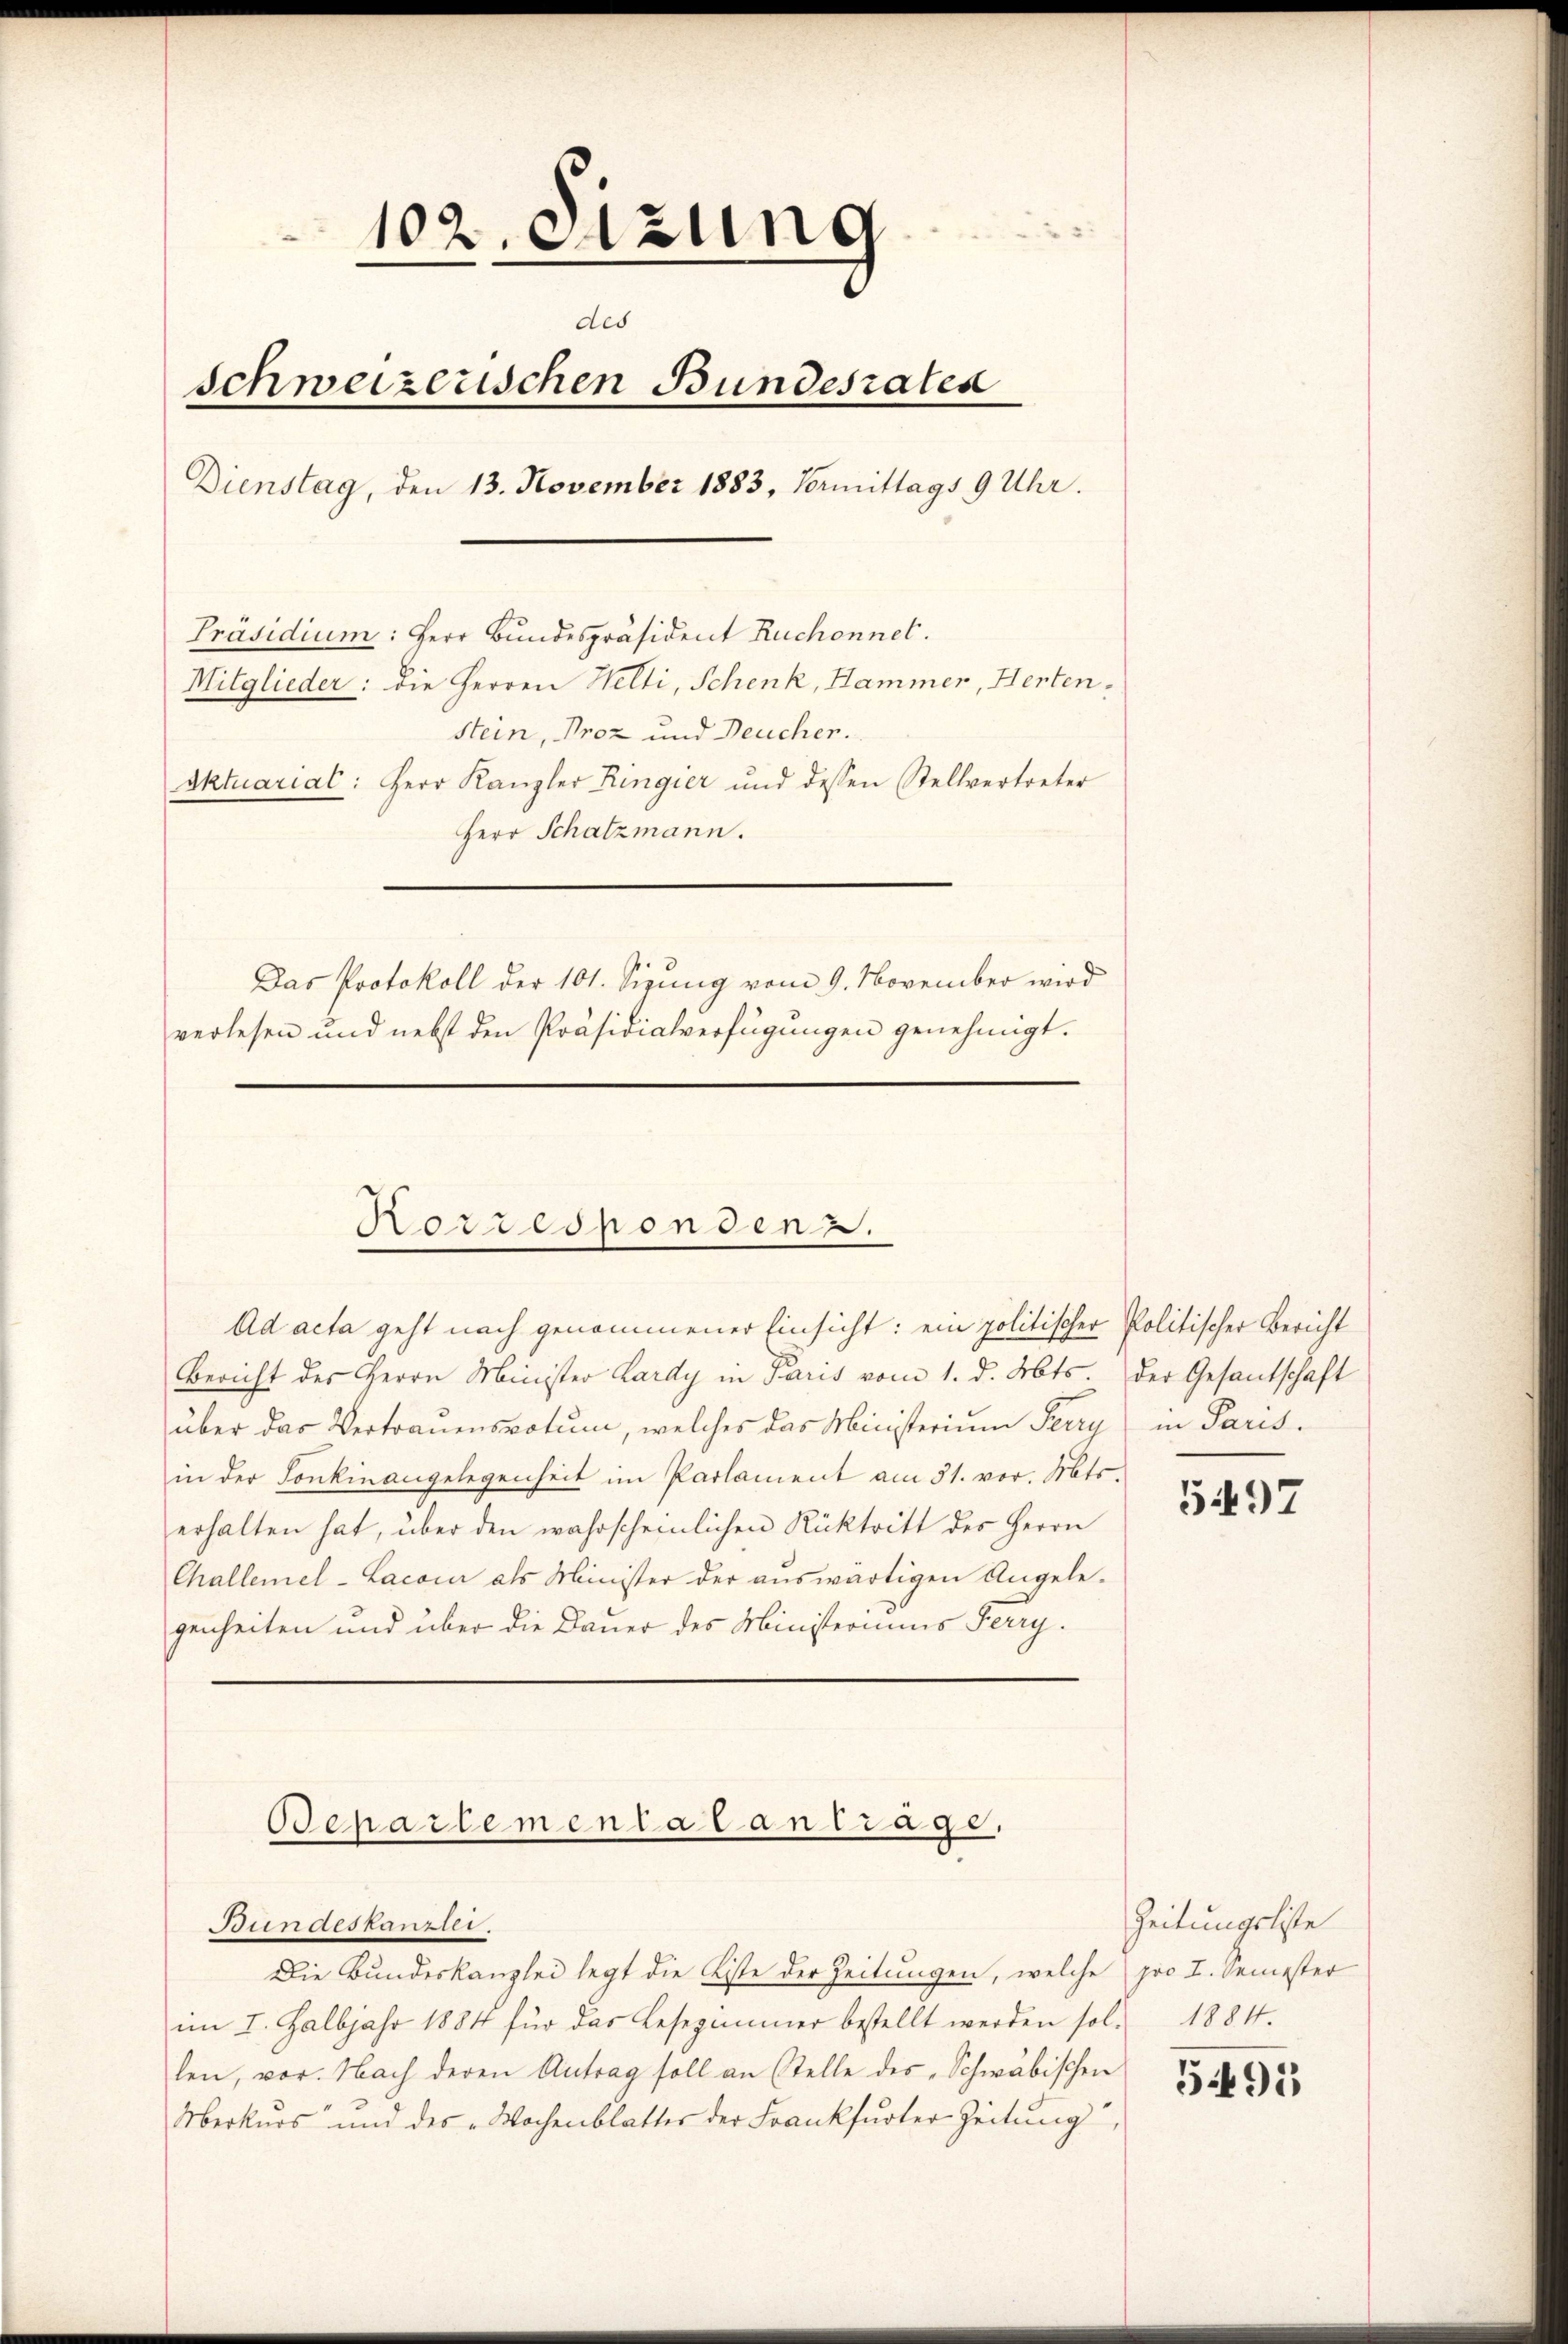
102. Sitzung
des
Schweizerischen Bundesrates
Dienstag, den 13. November 1883, Vormittags 9 Uhr.
Präsidium: Herr Bundespräsident Ruchonnet.
Mitglieder: die Herren Welti, Schenk, Hammer, Hertenstein, Proz und Deucher.
sktuarial: Herr Kanzler Ringier und dessen Stellvertreter
Herr Schatzmann.
Das Protokoll der 101. Sizung vom 9. November wird
verlesen und nebst den Präsidialverfügŭngen genehmigt.

Ad acta geht nach genommener Einsicht: ein politischer Politischer Bericht
Bericht des Herrn Minister Lardy in Paris vom 1. d. Mts. der Gesantschaft
über das Vertrauensvotum, welches das Ministerium Terry in Parisin der Sonkinangelegenheit im Parlament am 31. vor. Mts.
erhalten hat, über den wahrscheinlichen Rücktritt des Herrn
Challemel-Lacoir als Minister der auswärtigen Angele-
genheiten und über die Dauer des Ministeriums Ferry.

Bundeskanzlei.
Die Bundeskanzlei legt die Liste der Zeitungen, welche pro I. Semester
im I. Halbjahr 1884 für das Lesezimmer bestellt werden sol. 1884.
len, vor. Nach deren Antrag soll an Stelle des „Schwäbischen
Merkurs und des „Wochenblatter der Frankfurter Zeitung,

Horrespondenz.

Odenartementalantrage,

5497

Zeitungsliste

5495